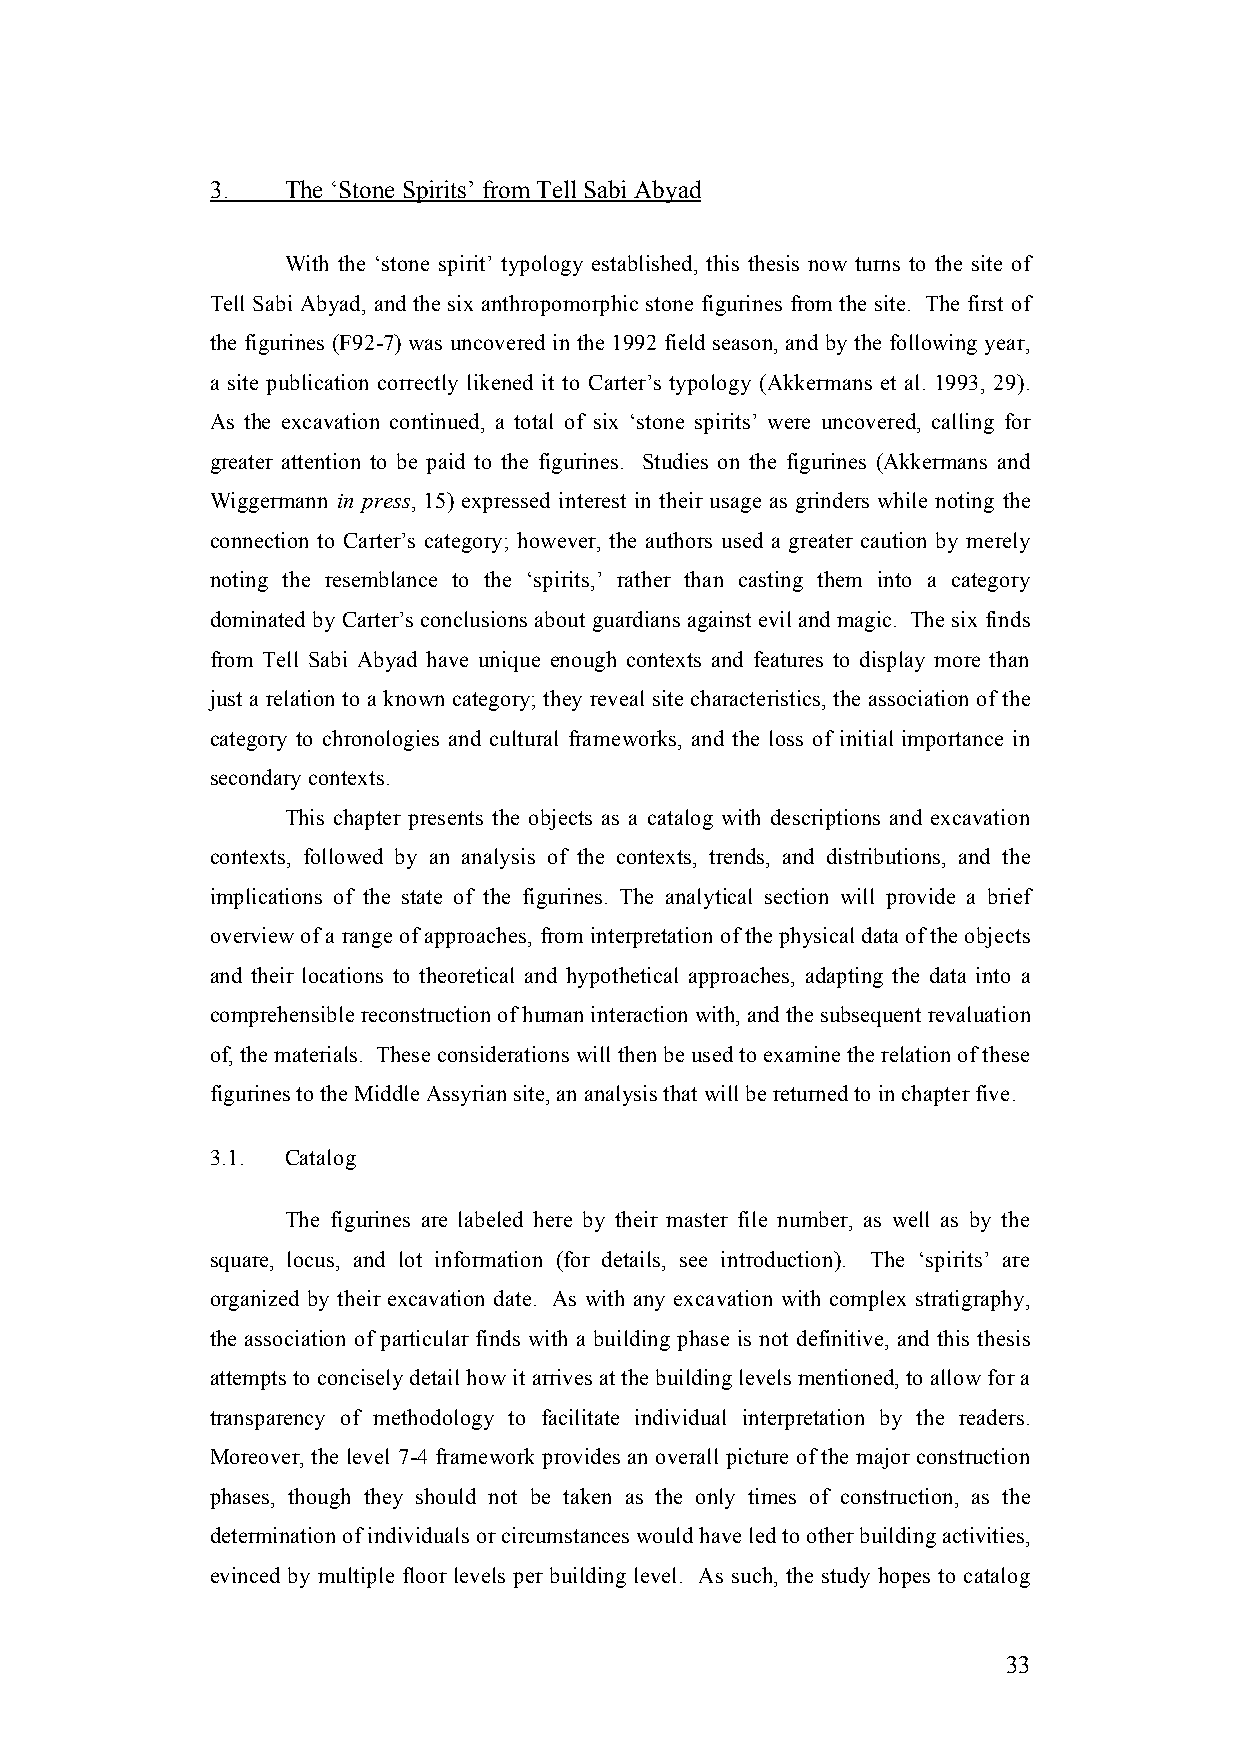
3.   The ‘Stone Spirits’ from Tell Sabi Abyad
 With the ‘stone spirit’ typology established, this thesis now turns to the site of
 Tell Sabi Abyad, and the six anthropomorphic stone figurines from the site. The first of
 the figurines (F92-7) was uncovered in the 1992 field season, and by the following year,
 a site publication correctly likened it to Carter’s typology (Akkermans et al. 1993, 29).
 As the excavation continued, a total of six ‘stone spirits’ were uncovered, calling for
 greater attention to be paid to the figurines. Studies on the figurines (Akkermans and
 Wiggermann in press, 15) expressed interest in their usage as grinders while noting the
 connection to Carter’s category; however, the authors used a greater caution by merely
 noting the resemblance to the ‘spirits,’ rather than casting them into a category
 dominated by Carter’s conclusions about guardians against evil and magic. The six finds
 from Tell Sabi Abyad have unique enough contexts and features to display more than
 just a relation to a known category; they reveal site characteristics, the association of the
 category to chronologies and cultural frameworks, and the loss of initial importance in
 secondary contexts.
 This chapter presents the objects as a catalog with descriptions and excavation
 contexts, followed by an analysis of the contexts, trends, and distributions, and the
 implications of the state of the figurines. The analytical section will provide a brief
 overview of a range of approaches, from interpretation of the physical data of the objects
 and their locations to theoretical and hypothetical approaches, adapting the data into a
 comprehensible reconstruction of human interaction with, and the subsequent revaluation
 of, the materials. These considerations will then be used to examine the relation of these
 figurines to the Middle Assyrian site, an analysis that will be returned to in chapter five.
 3.1. Catalog
 The figurines are labeled here by their master file number, as well as by the
 square, locus, and lot information (for details, see introduction). The ‘spirits’ are
 organized by their excavation date. As with any excavation with complex stratigraphy,
 the association of particular finds with a building phase is not definitive, and this thesis
 attempts to concisely detail how it arrives at the building levels mentioned, to allow for a
 transparency of methodology to facilitate individual interpretation by the readers.
 Moreover, the level 7-4 framework provides an overall picture of the major construction
 phases, though they should not be taken as the only times of construction, as the
 determination of individuals or circumstances would have led to other building activities,
 evinced by multiple floor levels per building level. As such, the study hopes to catalog
 33